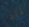
لماذ